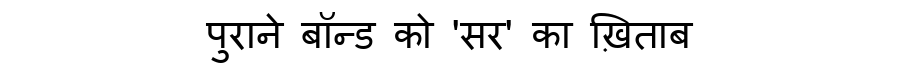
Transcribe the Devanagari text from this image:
पुराने बॉन्ड को 'सर' का ख़िताब